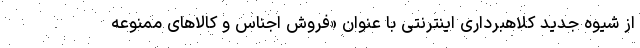
از شیوه جدید کلاهبرداری اینترنتی با عنوان «فروش اجناس و کالاهای ممنوعه